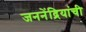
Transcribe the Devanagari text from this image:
जननेंद्रियांची